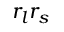
r _ { l } r _ { s }